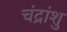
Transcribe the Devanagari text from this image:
चंद्रांशु